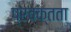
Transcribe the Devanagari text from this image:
प्रवक्तता